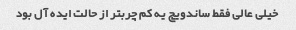
خیلی عالی فقط ساندویچ یه کم چربتر از حالت ایده آل بود